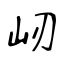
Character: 屻